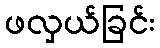
ဖလှယ်ခြင်း